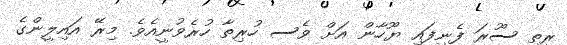
ރީތި ސޫރަ ފެނިފައި ޔޫހާން އަށް ވެސ ހުރިތާ ހުރެވުނީއެވެ. މިރޭ އައިލީންގެ